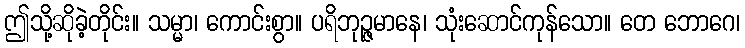
ဤသို့ဆိုခဲ့တိုင်း။ သမ္မာ၊ ကောင်းစွာ။ ပရိဘုဉ္ဇမာနေ၊ သုံးဆောင်ကုန်သော။ တေ ဘောဂေ၊